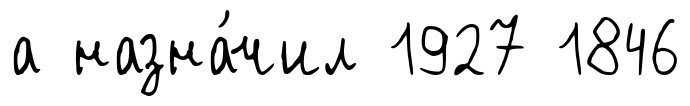
а назна́чил 1927 1846